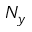
N _ { y }